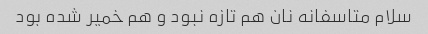
سلام متاسفانه نان هم تازه نبود و هم خمیر شده بود